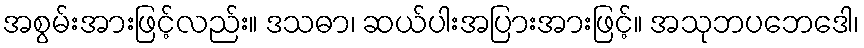
အစွမ်းအားဖြင့်လည်း။ ဒသဓာ၊ ဆယ်ပါးအပြားအားဖြင့်။ အသုဘပဘေဒေါ၊